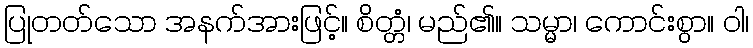
ပြုတတ်သော အနက်အားဖြင့်။ စိတ္တံ၊ မည်၏။ သမ္မာ၊ ကောင်းစွာ။ ဝါ၊